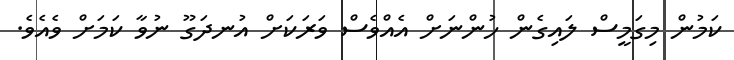
ކަމުން މިގަމީސް ލައިގެން ހުންނަށް އެއްވެސް ވަރަކަށް އުނދަގޫ ނުވާ ކަމަށް ވެއެވެ.